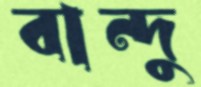
বান্দু